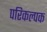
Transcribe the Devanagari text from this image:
परिकल्पक